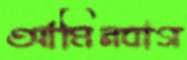
আমিনবাগ